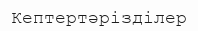
Кептертәрізділер